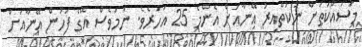
މަސައްކަތަށް ނުކުތްއިރު އޭނާއަށް އެންމެ 25 އަހަރެވެ. ނަމަވެސް އޭގެ ފަހުން އޭނާއަށް